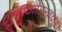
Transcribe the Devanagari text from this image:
मुंडीगोरखमुंडी